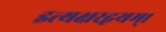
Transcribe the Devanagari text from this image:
इत्यक्षरद्वयम्।